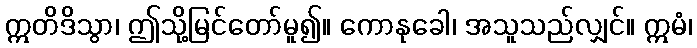
ဣတိဒိသွာ၊ ဤသို့မြင်တော်မူ၍။ ကောနုခေါ၊ အသူသည်လျှင်။ ဣမံ၊